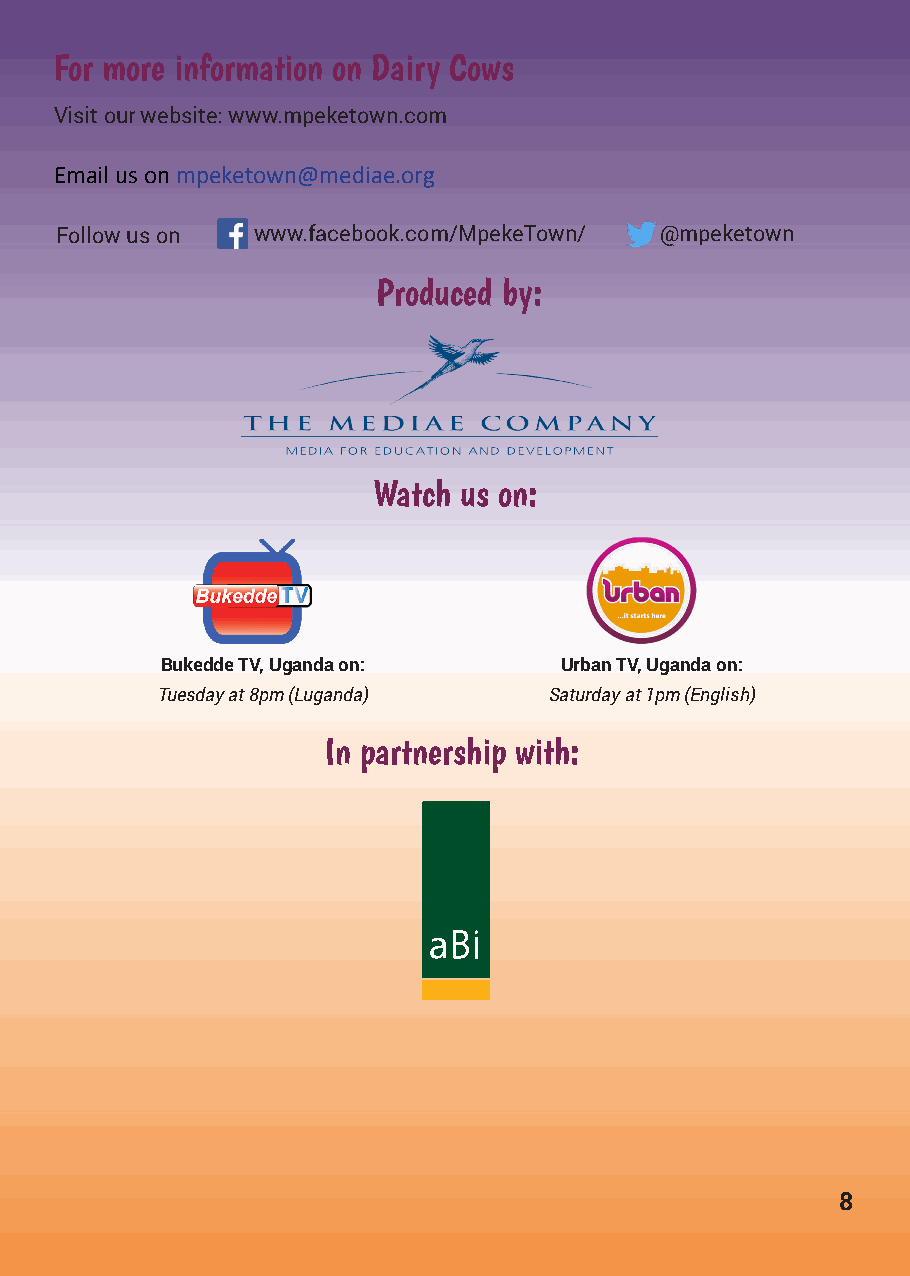
For more information on Dairy Cows
 Visit our website: www.mpeketown.com
 Email us on mpeketown@mediae.org
 Follow us on www.facebook.com/MpekeTown/ @mpeketown
 Produced by:
 Watch us on:
 Bukedde TV, Uganda on:    Urban TV, Uganda on:
 Tuesday at 8pm (Luganda)  Saturday at 1pm (English)
 In partnership with:
 8